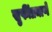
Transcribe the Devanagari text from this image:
सुफींप्रमाणे